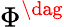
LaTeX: \Phi^{\dag}